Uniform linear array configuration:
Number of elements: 64
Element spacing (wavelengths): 0.5
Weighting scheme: blackman
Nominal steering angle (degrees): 30
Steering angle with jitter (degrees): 30.843
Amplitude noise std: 0.05
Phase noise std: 0.05

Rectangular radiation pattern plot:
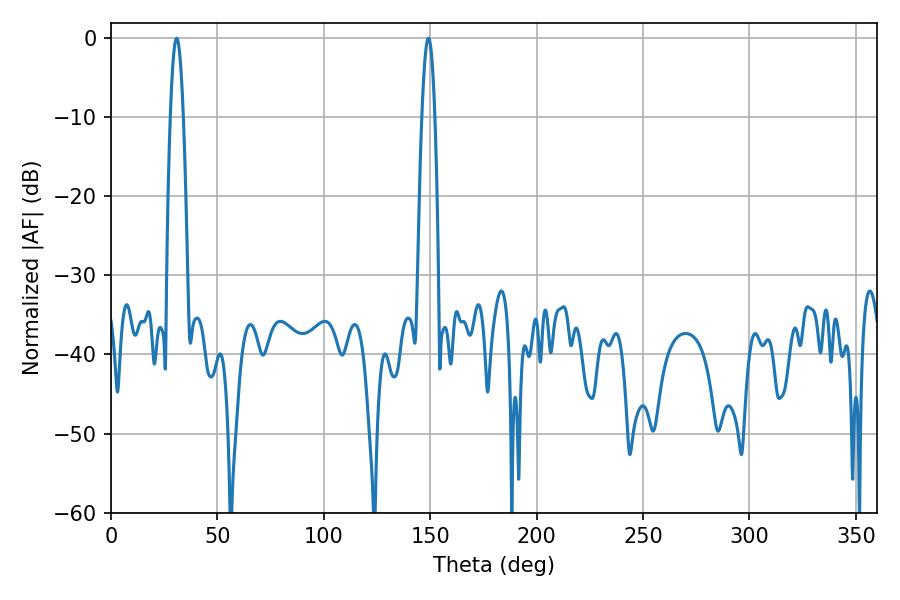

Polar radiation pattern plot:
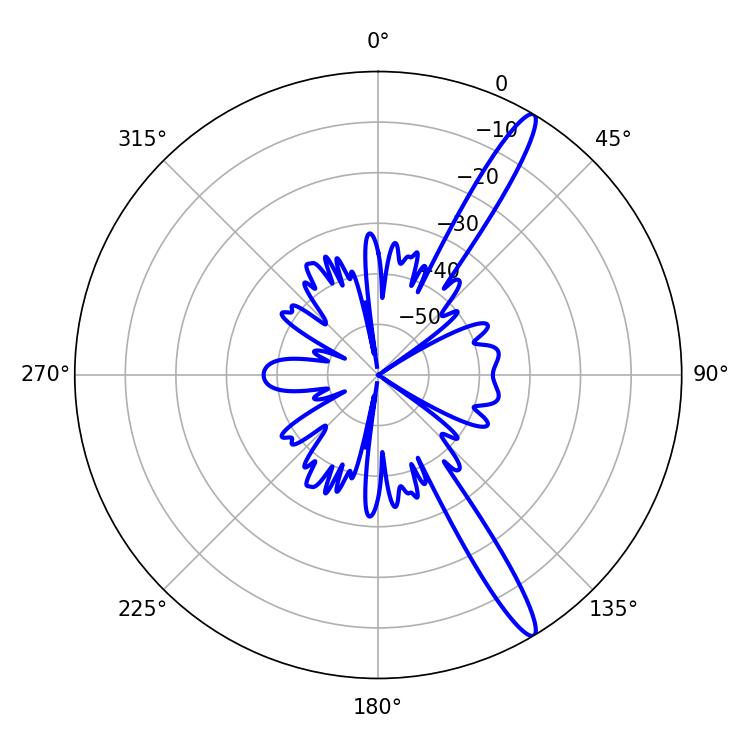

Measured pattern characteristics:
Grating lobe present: FALSE
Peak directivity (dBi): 14.853
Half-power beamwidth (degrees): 3.42
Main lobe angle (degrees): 30.78